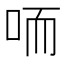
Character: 㖇